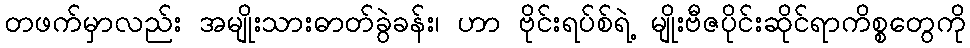
တဖက်မှာလည်း အမျိုးသားဓာတ်ခွဲခန်း၊ ဟာ ဗိုင်းရပ်စ်ရဲ့ မျိုးဗီဇပိုင်းဆိုင်ရာကိစ္စတွေကို